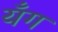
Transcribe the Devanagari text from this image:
यँग